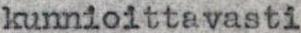
kunnioittavasti